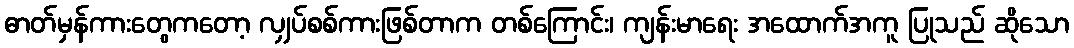
ဓာတ်မှန်ကားတွေကတော့ လျှပ်စစ်ကားဖြစ်တာက တစ်ကြောင်း၊ ကျန်းမာရေး အထောက်အကူ ပြုသည် ဆိုသော